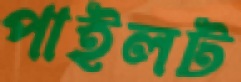
পাইলট